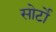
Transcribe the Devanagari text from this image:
सोर्टो